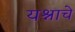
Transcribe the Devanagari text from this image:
यश्नाचे